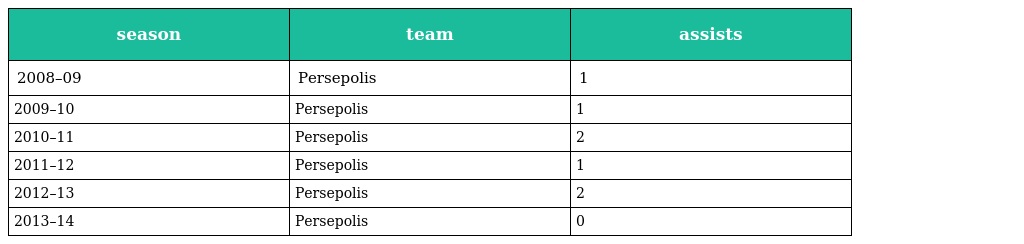
| season | team | assists |
 | --- | --- | --- |
 | 2008–09 | Persepolis | 1 |
 | 2009–10 | Persepolis | 1 |
 | 2010–11 | Persepolis | 2 |
 | 2011–12 | Persepolis | 1 |
 | 2012–13 | Persepolis | 2 |
 | 2013–14 | Persepolis | 0 |